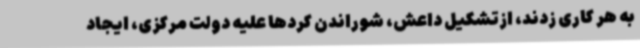
به هر کاری زدند، ازتشکیل داعش، شوراندن کردها علیه دولت مرکزی، ایجاد